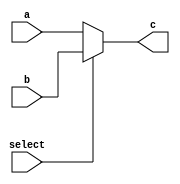
`timescale 1ns / 1ps
//////////////////////////////////////////////////////////////////////////////////
// Company: 
// Engineer: 
// 
// Design Name: 
// Module Name: RTDMux
// Project Name: 
// Target Devices: 
// Tool Versions: 
// Description: 
// 
// Dependencies: 
// 
// Revision:
// Revision 0.01 - File Created
// Additional Comments:
// 
//////////////////////////////////////////////////////////////////////////////////


module RTDMux(input select,input[4:0]a,b,output reg[4:0] c

    );
    
    always @* begin
    if(select)
    c = b;
    else
    c = a;
    end
endmodule